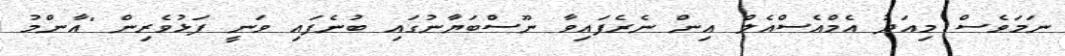
ނަމަވެސް މިއަދު އެމްއެސްއެލް އިން ނެރެފައިވާ ނޫސްބަޔާނުގައި ބުނެފައި ވަނީ ފަޅުވެރިން "އާންމު